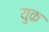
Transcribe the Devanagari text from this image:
युक